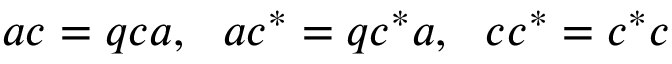
a c = q c a , ~ ~ a c ^ { * } = q c ^ { * } a , ~ ~ c c ^ { * } = c ^ { * } c